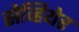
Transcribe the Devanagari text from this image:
सेव्हियेर